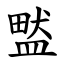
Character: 盢